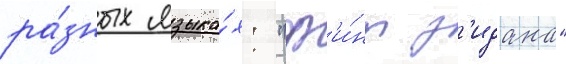
ра́зных языка́х: "ф'и́нт з'идана"